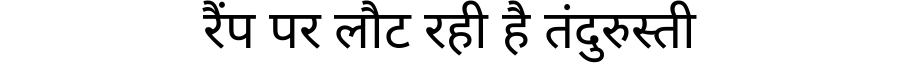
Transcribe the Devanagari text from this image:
रैंप पर लौट रही है तंदुरुस्ती